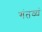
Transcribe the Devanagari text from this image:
गंतव्यं